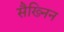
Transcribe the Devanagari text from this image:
सैख्निन